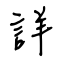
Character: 詳